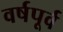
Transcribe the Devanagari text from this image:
वर्षपूर्व